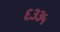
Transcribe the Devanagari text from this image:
६३३५